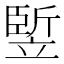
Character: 𥪨